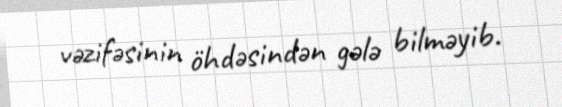
vəzifəsinin öhdəsindən gələ bilməyib.